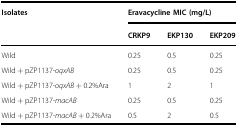
<table><thead><tr><td rowspan="2"><b>Isolates</b></td><td colspan="3"><b>Eravacycline MIC (mg/L)</b></td></tr><tr><td><b>CRKP9</b></td><td><b>EKP130</b></td><td><b>EKP209</b></td></tr></thead><tbody><tr><td>Wild</td><td>0.25</td><td>0.5</td><td>0.25</td></tr><tr><td>Wild + pZP1137-<i>oqxAB</i></td><td>0.25</td><td>0.5</td><td>0.25</td></tr><tr><td>Wild + pZP1137-<i>oqxAB</i> + 0.2%Ara</td><td>1</td><td>2</td><td>1</td></tr><tr><td>Wild + pZP1137-<i>macAB</i></td><td>0.25</td><td>0.5</td><td>0.25</td></tr><tr><td>Wild + pZP1137-<i>macAB</i> + 0.2%Ara</td><td>0.5</td><td>2</td><td>0.5</td></tr></tbody></table>